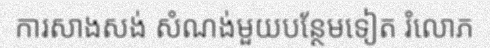
ការសាងសង់ សំណង់មួយបន្ថែមទៀត រំលោភ